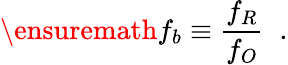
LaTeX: \ensuremath{f_{b}}\equiv\frac{f_{R}}{f_{O}}\; \; .